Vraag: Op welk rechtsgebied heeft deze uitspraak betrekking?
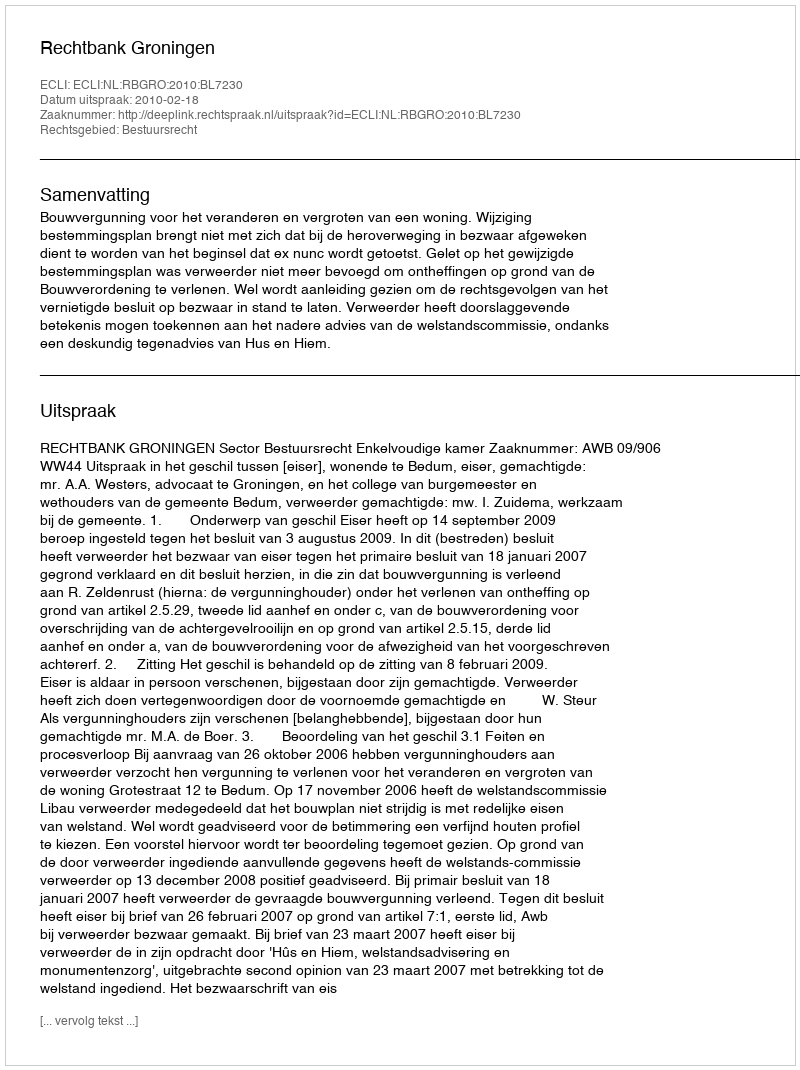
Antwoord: Bestuursrecht